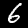
Digit: 6